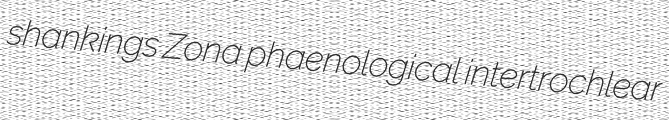
shankings Zona phaenological intertrochlear